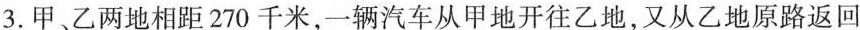
3.甲、乙两地相距270千米，一辆汽车从甲地开往乙地，又从乙地原路返回